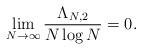
LaTeX: \begin{align*}\lim_{N\rightarrow\infty}\frac{\Lambda_{N,2}}{N\log N}=0.\end{align*}